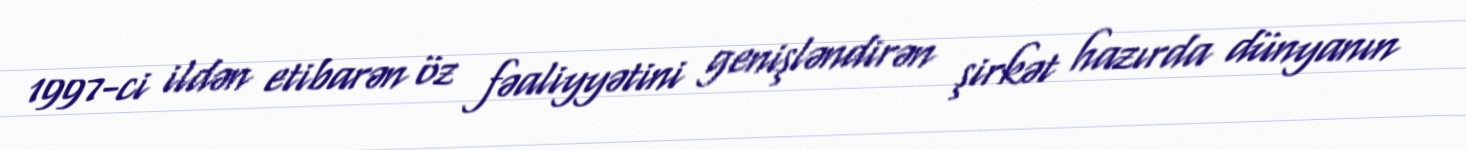
1997-ci ildən etibarən öz fəaliyyətini genişləndirən şirkət hazırda dünyanın